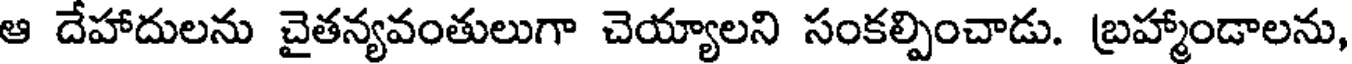
ఆ దేహాదులను చైతన్యవంతులుగా చెయ్యాలని సంకల్పించాడు. బ్రహ్మాండాలను,